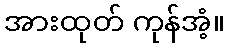
အားထုတ် ကုန်အံ့။